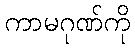
ကာမဂုဏ်ကို